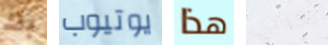
بك يوتيوب هذا تكتبي